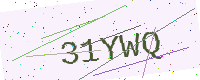
Text: 31YWQ